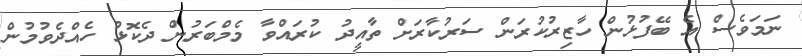
ނަމަވެސް އެ ބޭފުޅުން ހާޒިރުކުރަން ސަރުކާރަށް ތާއީދު ކުރައްވާ މެމްބަރުން ދެކޮޅު ހެއްދެވުމުން